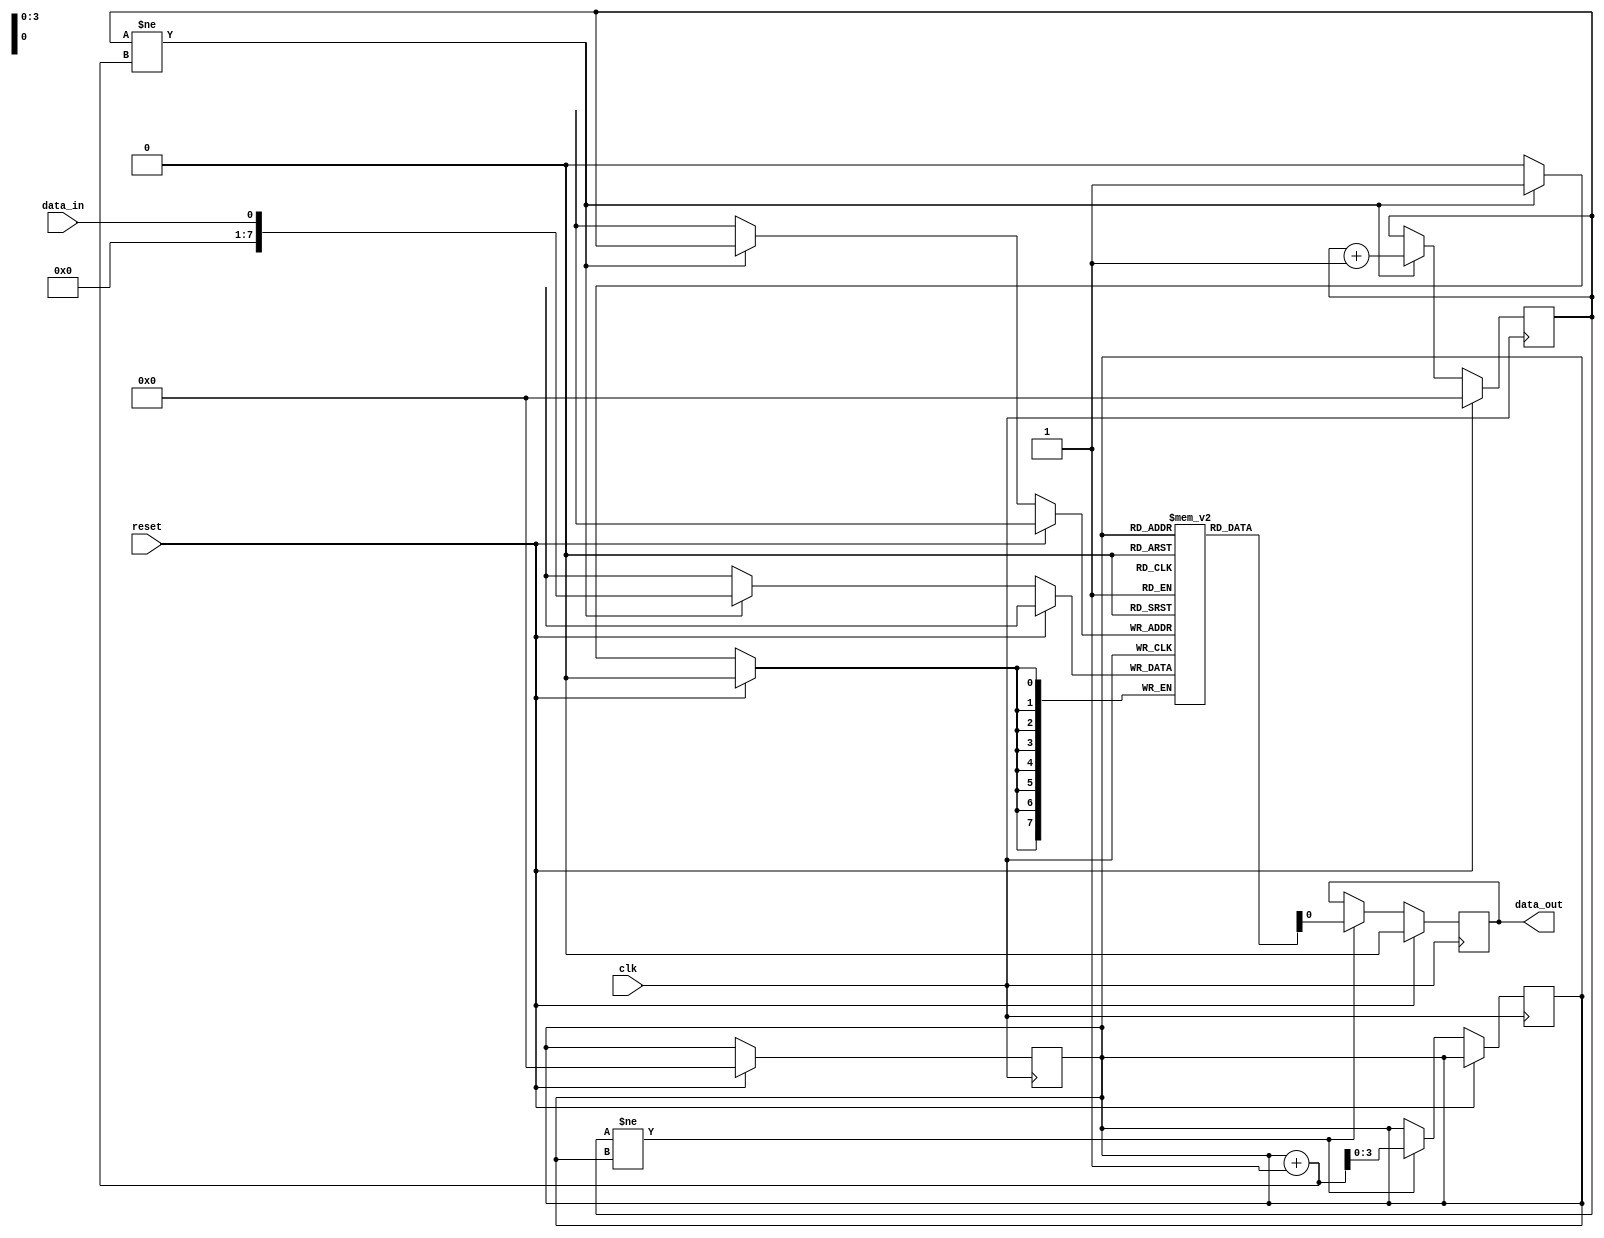
module edge_sensitive_fifo (
    input wire clk,
    input wire reset,
    input wire data_in,
    output reg data_out
);

reg [7:0] fifo [0:15];
reg [3:0] read_ptr;
reg [3:0] write_ptr;

always @(posedge clk) begin
    if (reset) begin
        read_ptr <= 0;
        write_ptr <= 0;
    end else begin
        if (write_ptr != read_ptr + 1) begin
            fifo[write_ptr] <= data_in;
            write_ptr <= write_ptr + 1;
        end
    end
end

always @(posedge clk) begin
    if (reset) begin
        data_out <= 0;
    end else begin
        if (write_ptr != read_ptr) begin
            data_out <= fifo[read_ptr];
            read_ptr <= read_ptr + 1;
        end
    end
end

endmodule